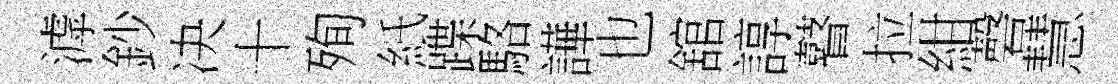
滹鈔决十殉紙蹀駱譁也舘諄瞽拉紺磬慧